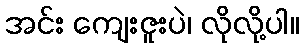
အင်း ကျေးဇူးပဲ၊ လိုလို့ပါ။